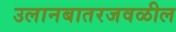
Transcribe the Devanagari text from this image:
उलानबातरजवळील